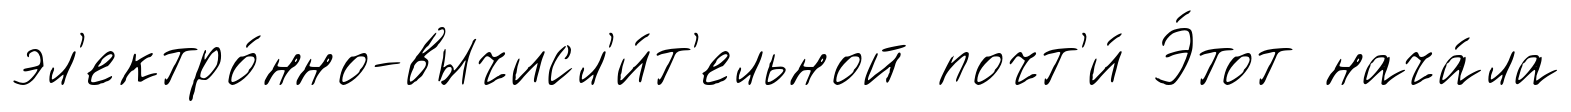
эл'ектро́нно-вычисл'и́т'ельной почт'и́ Э́тот нача́ла